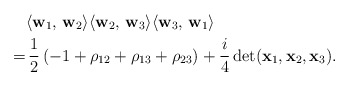
\begin{align*} & \langle \mathbf{w}_1 ,\, \mathbf{w}_2 \rangle \langle \mathbf{w}_2 ,\, \mathbf{w}_3 \rangle \langle \mathbf{w}_3 ,\, \mathbf{w}_1 \rangle \\= & \, \frac{1}{2} \left(-1 + \rho_{12} + \rho_{13} + \rho_{23}\right) + \frac{i}{4} \det(\mathbf{x}_1, \mathbf{x}_2, \mathbf{x}_3). \end{align*}